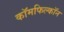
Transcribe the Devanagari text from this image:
कॉमफिल्कॉन